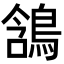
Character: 𪁟